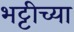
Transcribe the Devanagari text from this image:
भट्टीच्या